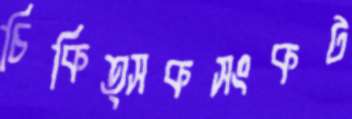
চিকিত্সকসংকট